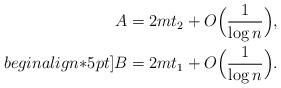
LaTeX: \begin{align*}A&=2mt_2+O\Bigl({1\over \log{n}}\Bigr),\\begin{align*}5pt]B&=2mt_1+O\Bigl({1\over \log{n}}\Bigr).\end{align*}